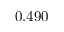
0 . 4 9 0